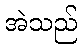
အဲသည်